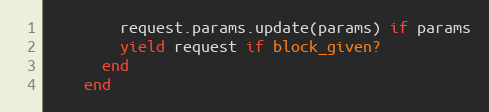
Language: Ruby
        request.params.update(params) if params
        yield request if block_given?
      end
    end